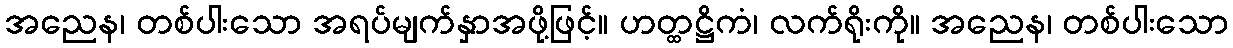
အညေန၊ တစ်ပါးသော အရပ်မျက်နှာအဖို့ဖြင့်။ ဟတ္ထဋ္ဌိကံ၊ လက်ရိုးကို။ အညေန၊ တစ်ပါးသော